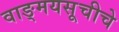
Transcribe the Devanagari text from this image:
वाङ्मयसूचीचे